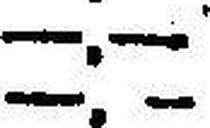
—.—